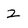
Character: 2